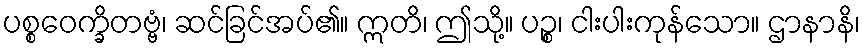
ပစ္စဝေက္ခိတဗ္ဗံ၊ ဆင်ခြင်အပ်၏။ ဣတိ၊ ဤသို့။ ပဉ္စ၊ ငါးပါးကုန်သော။ ဌာနာနိ၊